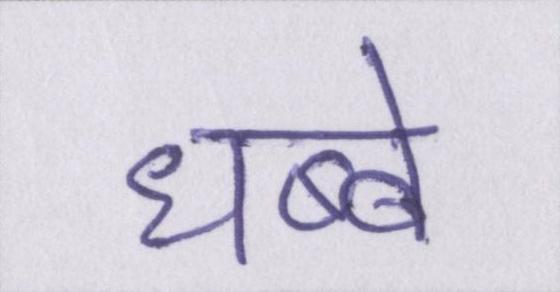
धब्बे